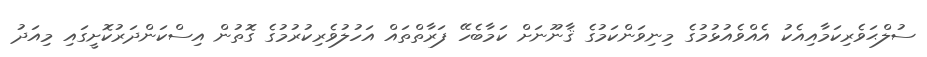
ސުލްޙަވެރިކަމާއިއެކު އެއްވެއުޅުމުގެ މިނިވަންކަމުގެ ޤާނޫނަށް ކަމާބެހޭ ފަރާތްތައް އަހުލުވެރިކުރުމުގެ ގޮތުން އިސްކަންދަރުކޮށީގައި މިއަދު